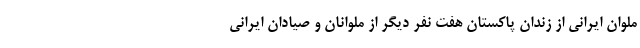
ملوان ایرانی از زندان پاکستان هفت نفر دیگر از ملوانان و صیادان ایرانی